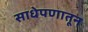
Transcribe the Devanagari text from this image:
साधेपणातून